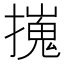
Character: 𢶼